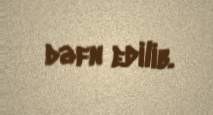
dəfn edilib.